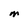
Character: M